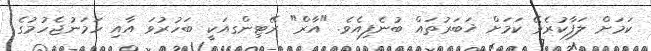
ކަމަށް ލަފާކުރެވޭ ކަމަށް ޚަބަރުތައް ބުނެފިއެވެ. "އާރް" ރޭޓިންގއަކީ ބަހުރުވަ އާއި ހަމަނުޖެހުމުގެ